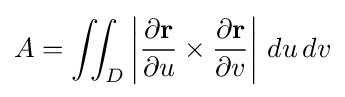
A=\iint _{D}\left|{\frac {\partial \mathbf {r} }{\partial u}}\times {\frac {\partial \mathbf {r} }{\partial v}}\right|\,du\,dv